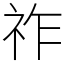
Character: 祚